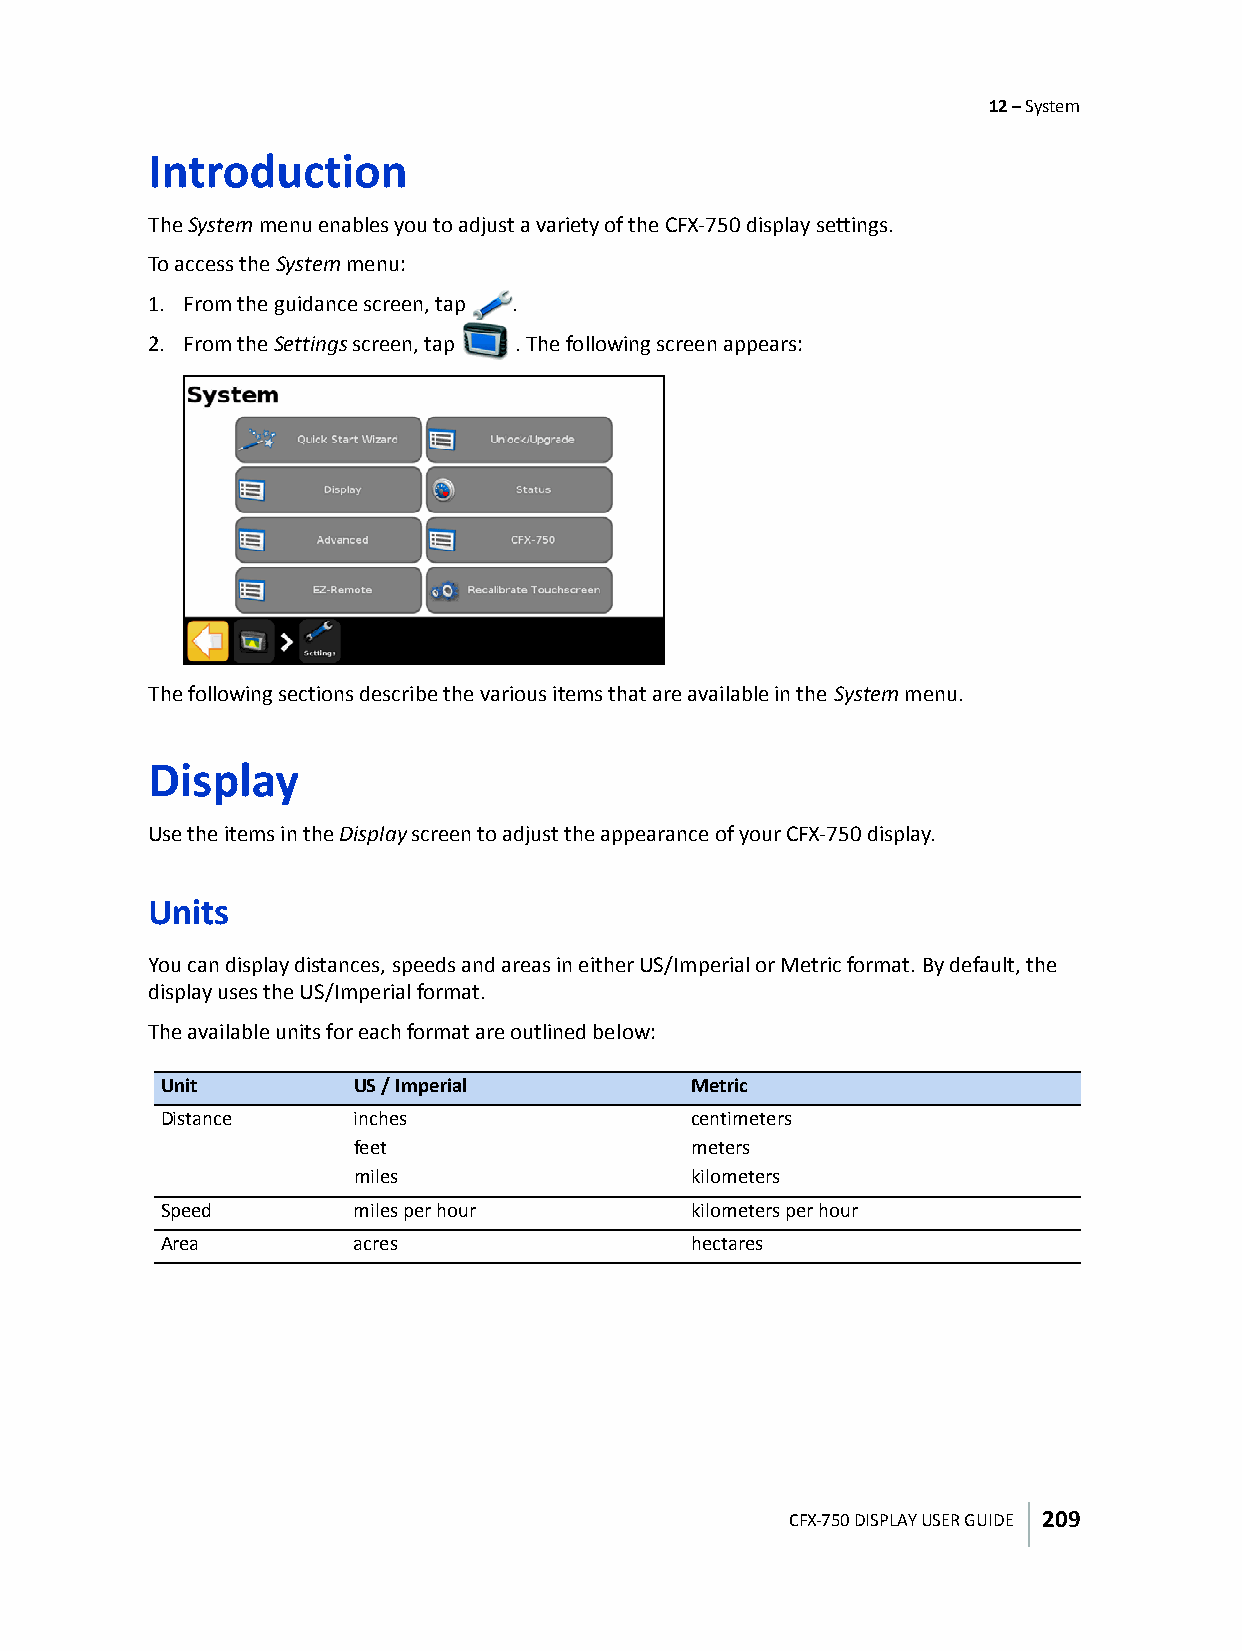
12 – System
 Introduction
 The System menu enables you to adjust a variety of the CFX-750 display settings.
 To access the System menu:
 1. From the guidance screen, tap .
 2. From the Settings screen, tap . The following screen appears:
 The following sections describe the various items that are available in the System menu.
 Display
 Use the items in the Display screen to adjust the appearance of your CFX-750 display.
 Units
 You can display distances, speeds and areas in either US/Imperial or Metric format. By default, the
 display uses the US/Imperial format.
 The available units for each format are outlined below:
 Unit         US / Imperial         Metric
 Distance     inches                centimeters
 feet                  meters
 miles                 kilometers
 Speed        miles per hour        kilometers per hour
 Area         acres                 hectares
 CFX-750 DISPLAY USER GUIDE 209